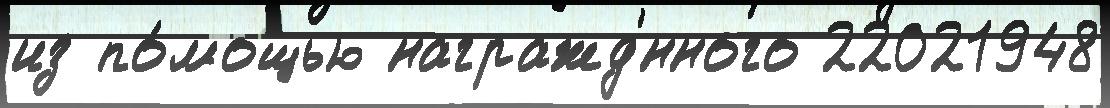
из по́мощью награжд'́нного 22021948